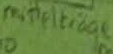
Text: mittelträge